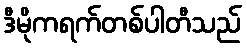
ဒီမိုကရက်တစ်ပါတီသည်